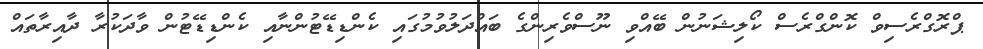
ޕްރޮގްރެސިވް ކޮންގްރެސް ކޯލިޝަނުން ބޭއްވި ނޫސްވެރިންގެ ބައްދަލުވުމުގައި ކެންޑިޑޭޓުންނާއި ކެންޑިޑޭޓުން ވާދަކުރާ ދާއިރާތައް